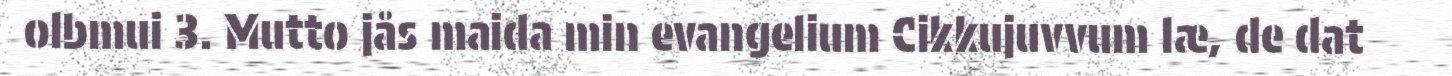
olbmui 3. Mutto jås maida min evangelium Cikkujuvvum læ, de dat